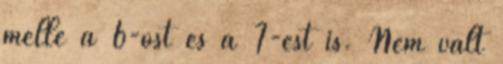
mellé a 6-ost és a 7-est is. Nem vált